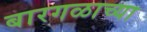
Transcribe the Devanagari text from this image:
बारगळाच्या